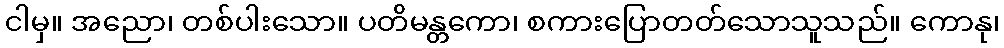
ငါမှ။ အညော၊ တစ်ပါးသော။ ပတိမန္တကော၊ စကားပြောတတ်သောသူသည်။ ကောနု၊